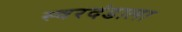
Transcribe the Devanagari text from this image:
स्वरदंडाला